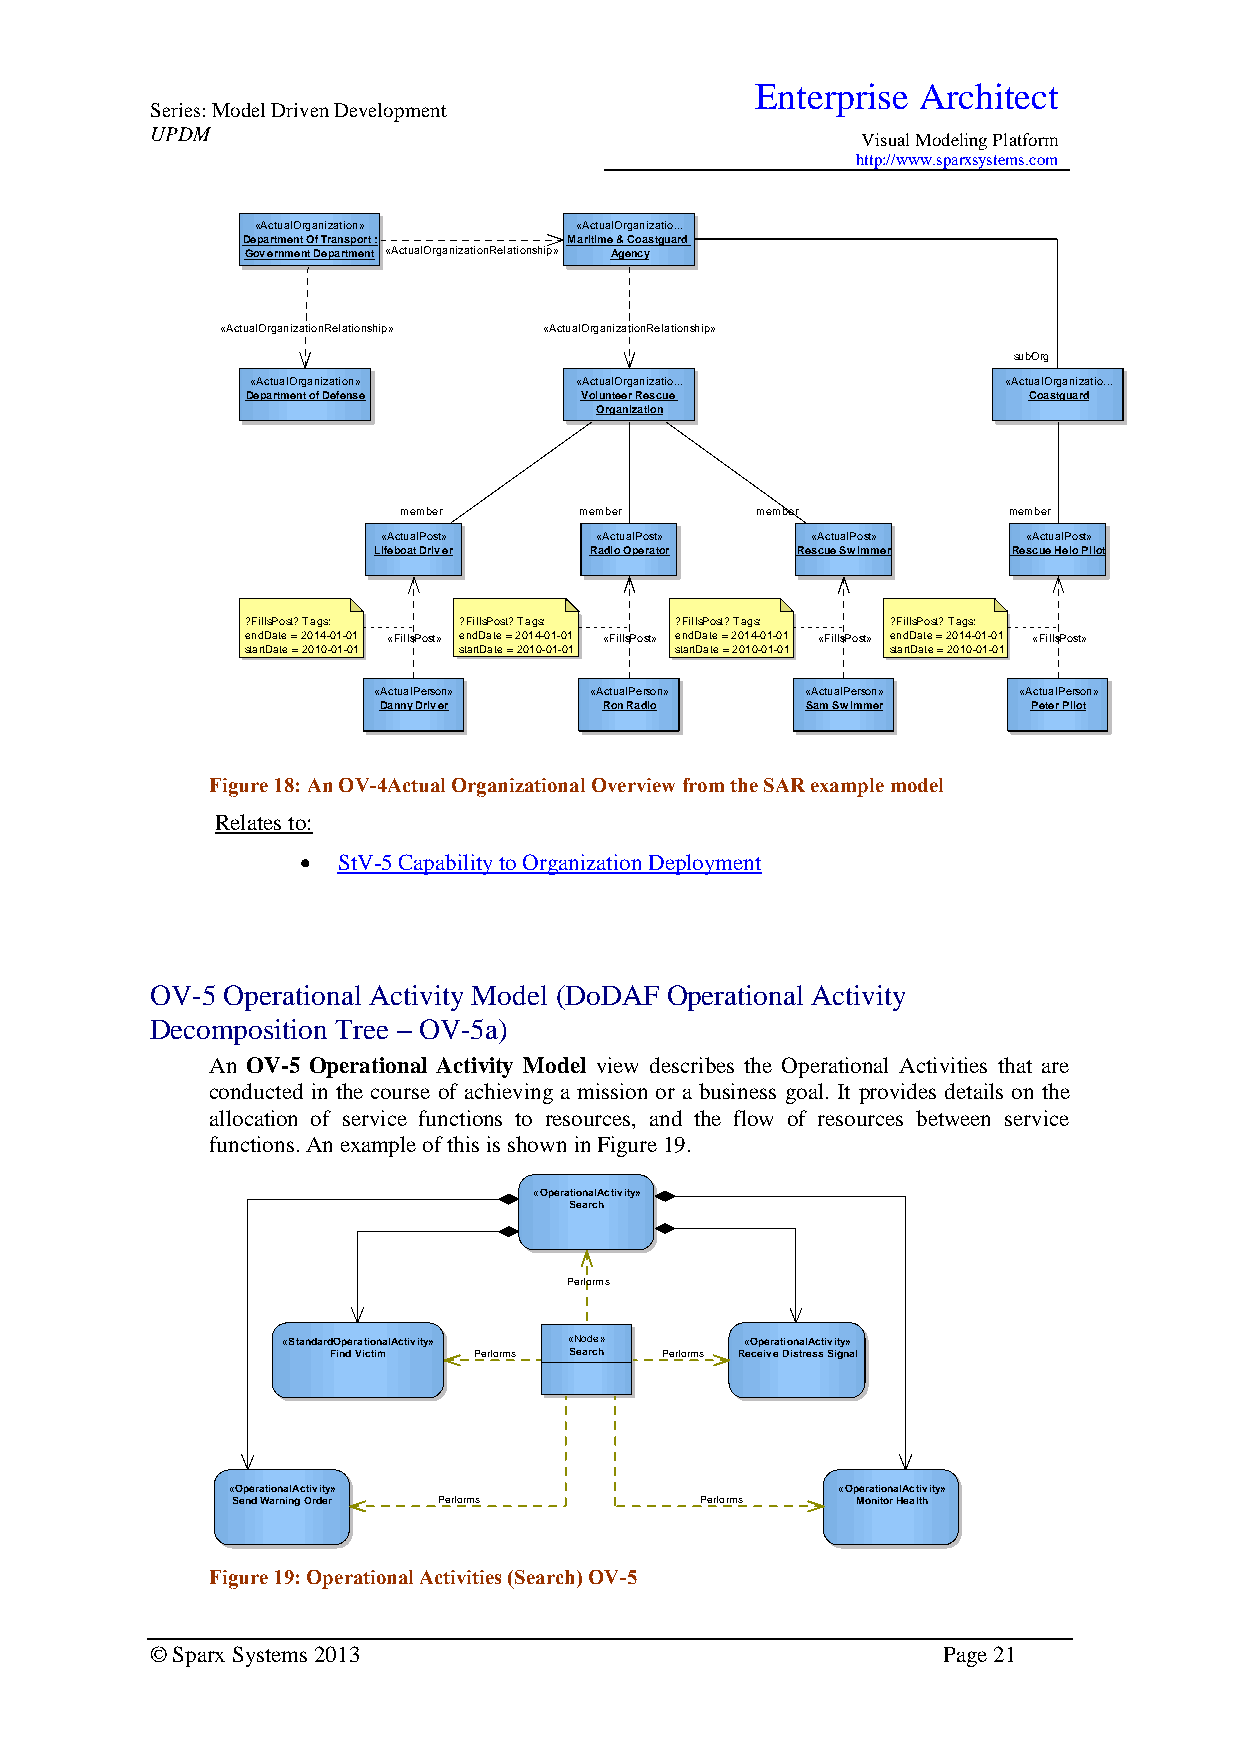
Enterprise Architect
 Series: Model Driven Development
 UPDM
 Visual Modeling Platform
 http://www.sparxsystems.com
 «ActualOrganization» «ActualOrganizatio...
 Department Of Transport : Maritime & Coastguard
 Government Department «ActualOrganizationRelationship» Agency
 «ActualOrganizationRelationship» «ActualOrganizationRelationship»
 subOrg
 «ActualOrganization» «ActualOrganizatio...        «ActualOrganizatio...
 Department of Defense Volunteer Rescue              Coastguard
 Organization
 member      member      member           member
 «ActualPost»  «ActualPost»   «ActualPost»  «ActualPost»
 Lifeboat Driver Radio Operator Rescue Swimmer Rescue Helo Pilot
 ?FillsPost? Tags: ?FillsPost? Tags: ?FillsPost? Tags: ?FillsPost? Tags:
 endDate = 2014-01-01 «FillsPost» endDate = 2014-01-01 «FillsPost» endDate = 2014-01-01 «FillsPost» endDate = 2014-01-01 «FillsPost»
 startDate = 2010-01-01 startDate = 2010-01-01 startDate = 2010-01-01 startDate = 2010-01-01
 «ActualPerson» «ActualPerson» «ActualPerson» «ActualPerson»
 Danny Driver   Ron Radio    Sam Swimmer    Peter Pilot
 Figure 18: An OV-4Actual Organizational Overview from the SAR example model
 Relates to:
  StV-5 Capability to Organization Deployment
 OV-5 Operational Activity Model (DoDAF Operational Activity
 Decomposition Tree – OV-5a)
 An OV-5 Operational Activity Model view describes the Operational Activities that are
 conducted in the course of achieving a mission or a business goal. It provides details on the
 allocation of service functions to resources, and the flow of resources between service
 functions. An example of this is shown in Figure 19.
 «OperationalActivity»
 Search
 Performs
 «StandardOperationalActivity» «Node» «OperationalActivity»
 Find Victim Performs Search Performs Receive Distress Signal
 «OperationalActivity»                   «OperationalActivity»
 Send Warning Order Performs    Performs   Monitor Health
 Figure 19: Operational Activities (Search) OV-5
 © Sparx Systems 2013                                Page 21